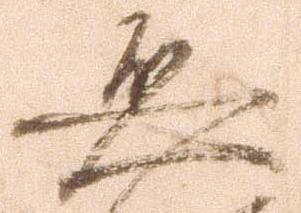
恐